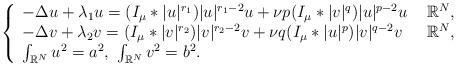
LaTeX: \begin{align*}\aligned\left\{ \begin{array}{lll}-\Delta u+\lambda_1u=(I_\mu\ast |u|^{r_1})|u|^{r_1-2}u+\nu p(I_\mu\ast |v|^q)|u|^{p-2}u\ & \mathbb{R}^N,\\-\Delta v+\lambda_2v=(I_\mu\ast |v|^{r_2})|v|^{r_2-2}v+\nu q(I_\mu\ast |u|^p)|v|^{q-2}v\ & \mathbb{R}^N,\\\int_{\mathbb{R}^N}u^2=a^2,\ \int_{\mathbb{R}^N}v^2=b^2.\end{array}\right.\endaligned\end{align*}